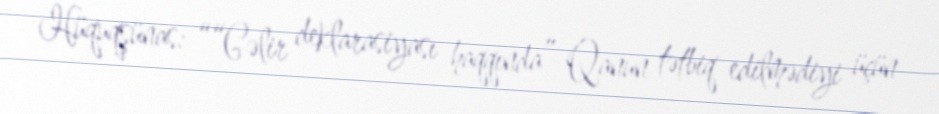
Hüquqşünas: ““Gəlir deklarasiyası haqqında” Qanun tətbiq edilmədiyi üçün